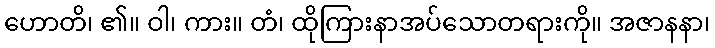
ဟောတိ၊ ၏။ ဝါ၊ ကား။ တံ၊ ထိုကြားနာအပ်သောတရားကို။ အဇာနနာ၊